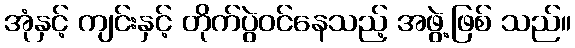
အုံနှင့် ကျင်းနှင့် တိုက်ပွဲဝင်နေသည့် အဖွဲ့ဖြစ် သည်။